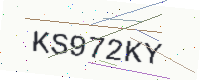
Text: KS972KY